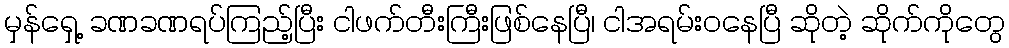
မှန်ရှေ့ ခဏခဏရပ်ကြည့်ပြီး ငါဖက်တီးကြီးဖြစ်နေပြီ၊ ငါအရမ်းဝနေပြီ ဆိုတဲ့ ဆိုက်ကိုတွေ